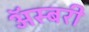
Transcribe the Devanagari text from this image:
अॅस्बरी